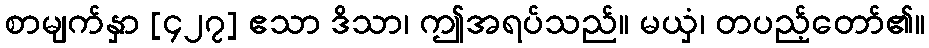
စာမျက်နှာ [၄၂၇] ဧသာ ဒိသာ၊ ဤအရပ်သည်။ မယှံ၊ တပည့်တော်၏။